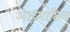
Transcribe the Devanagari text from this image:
आध्यातिम